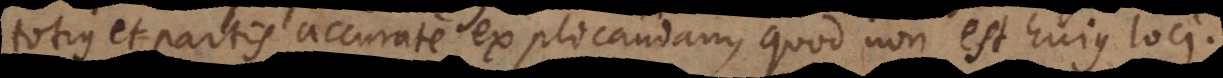
totius et partis accurate explicandam, quod non est hujus loci.